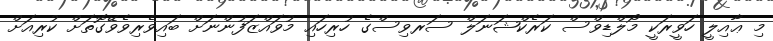
މި ޢާއިލީ ހަވީރަކީ މޯލްޑިވްސް ކަރެކްޝަނަލް ސަރވިސްގެ ހުރިހައި މުވައްޒަފުންނަށް ބައިވެރިވެވޭގޮތަށް ކުރިއަށް